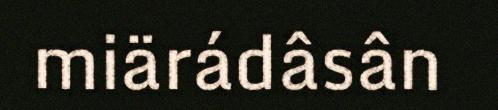
miärádâsân